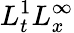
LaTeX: L_{t}^{1}L_{x}^{\infty}